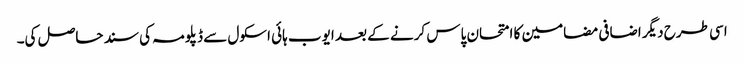
اسی طرح دیگر اضافی مضامین کا امتحان پاس کرنے کے بعد ایوب ہائی اسکول سے ڈپلومہ کی سند حاصل کی۔